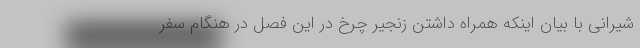
شیرانی با بیان اینکه همراه داشتن زنجیر چرخ در این فصل در هنگام سفر